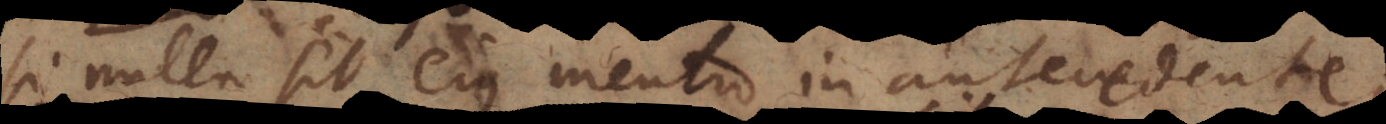
si nulla sit ejus mentio in antecedente;